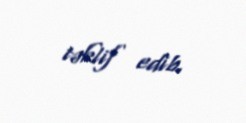
təklif edib.